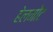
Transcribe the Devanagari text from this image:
हेलमोट